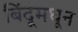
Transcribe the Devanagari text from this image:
बिंदूमधून